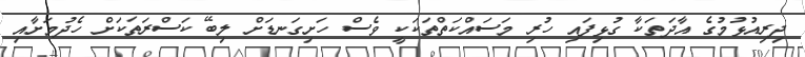
ދިރިއުޅުމުގެ އާދަތަކާ ގުޅިފައި ހުރި މަސައްކަތްތަކަކީ ވެސް ހަށިގަނޑަށް ލިބޭ ކަސްރަތަކަށް ހެދުމަށާއި